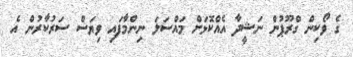
ގެ ވޯކިން ގްރޫޕުން ނަޝީދާ އެއްކޮޅަށް މައްސަލަ ނިންމާފައި ވިޔަސް ސަރުކާރުން އެ